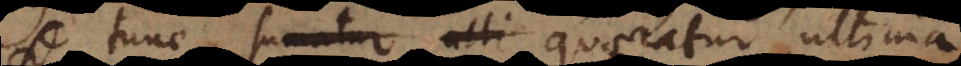
tunc sumatur ulti quaeratur ultima